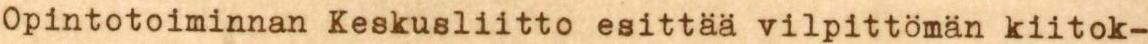
Opintotoiminnan Keskusliitto esittää vilpittömän kiitok-